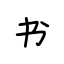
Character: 书